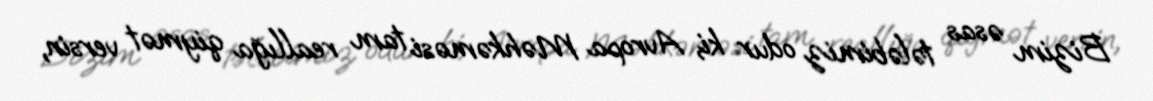
Bizim əsas tələbimiz odur ki, Avropa Məhkəməsi tam reallığa qiymət versin,